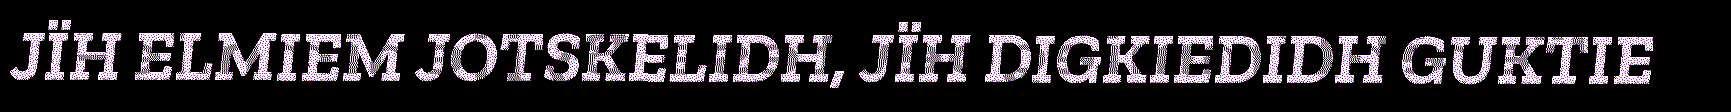
JÏH ELMIEM JOTSKELIDH, JÏH DIGKIEDIDH GUKTIE